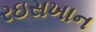
રઇસખાન